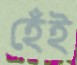
হেঁই